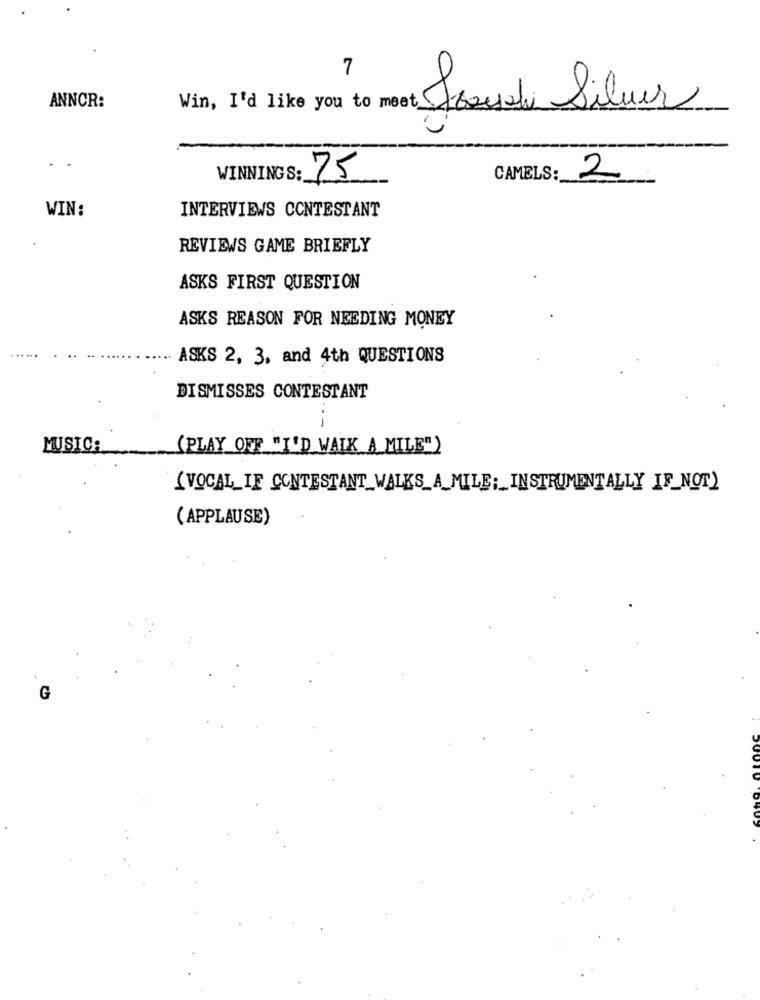
7
ANNCR:
Win, I'd like you to meet Joel Silver
. .
WINNINGS:
75
CAMELS:
2
WIN:
INTERVIEWS CONTESTANT
REVIEWS GAME BRIEFLY
ASKS FIRST QUESTION
ASKS REASON FOR NEEDING MONEY
ASKS 2, 3, and 4th QUESTIONS
DISMISSES CONTESTANT
-
MUSICA
(PLAY OFF "I'D WAIK A MILE")
(VOCAL_IF CONTESTANT_WALKS_A_MILE; INSTRUMENTALLY IF_NOT)
(APPLAUSE)
G